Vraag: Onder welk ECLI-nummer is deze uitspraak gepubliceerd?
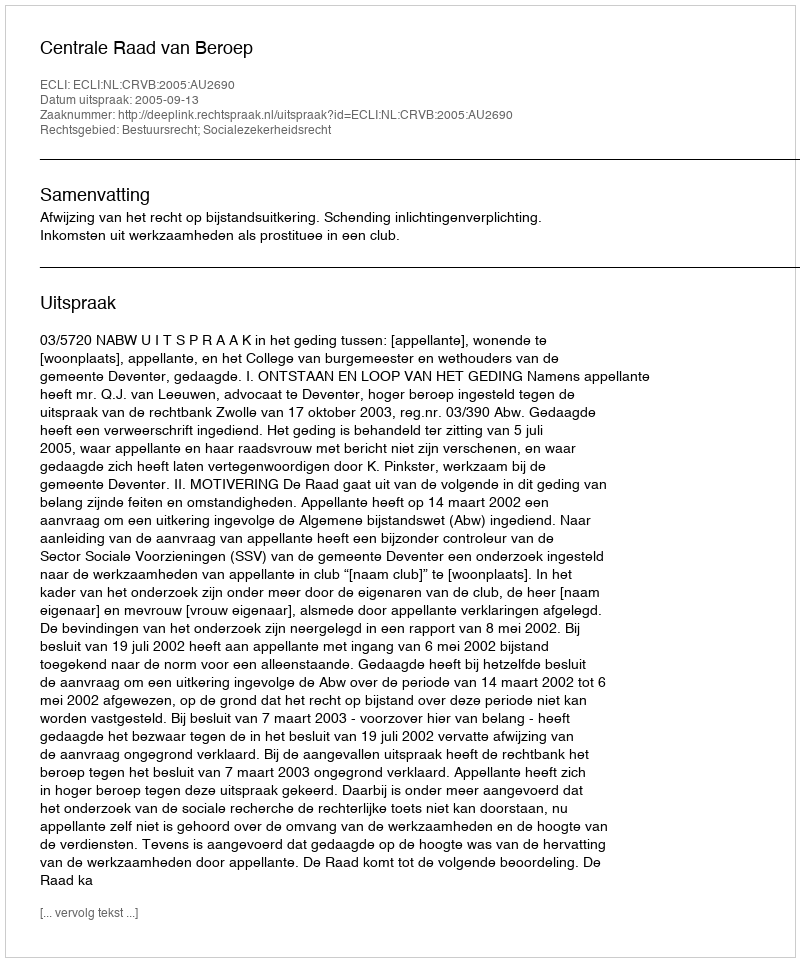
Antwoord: ECLI:NL:CRVB:2005:AU2690